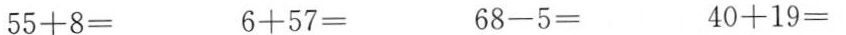
55+8= 6+57= 68-5= 40+19=